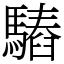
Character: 𩥫